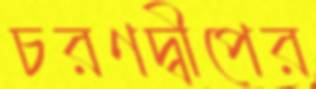
চরণদ্বীপের